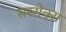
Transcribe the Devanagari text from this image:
सस्सेक्स